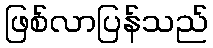
ဖြစ်လာပြန်သည်